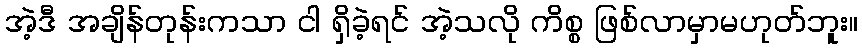
အဲ့ဒီ အချိန်တုန်းကသာ ငါ ရှိခဲ့ရင် အဲ့သလို ကိစ္စ ဖြစ်လာမှာမဟုတ်ဘူး။